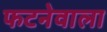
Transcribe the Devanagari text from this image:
फटनेवाला